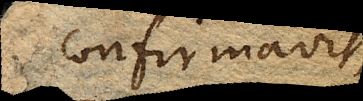
confirmavit